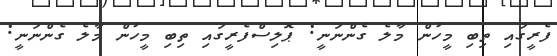
ފެރީގައި ތިބި މީހުން މާލެ ގެންނަނީ: ޕޮލިސްފެރީގައި ތިބި މީހުން މާލެ ގެންނަނީ: